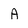
Character: A